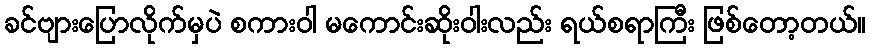
ခင်ဗျားပြောလိုက်မှပဲ စကားဝါ မကောင်းဆိုးဝါးလည်း ရယ်စရာကြီး ဖြစ်တော့တယ်။